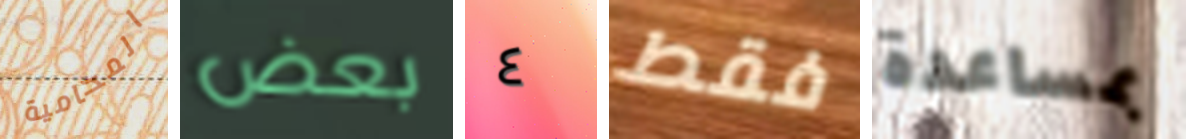
المحامية بعض ٤ فقط بمساعدة